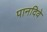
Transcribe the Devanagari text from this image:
पानदिवे